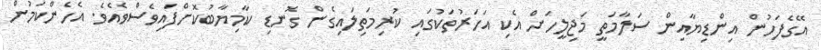
އޭގެފަހުން އިންޑިޔާއިން ސަލާމަތީ މަޖިލީހަށް އެކި އަހަރުތަކުގައި ކުރިމަތިލައިގެން ގޮނޑި ކާމިޔާބުކޮށްފައިވެސްވެއެވެ. އެހެންކަމުން